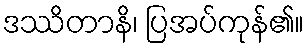
ဒဿိတာနိ၊ ပြအပ်ကုန်၏။